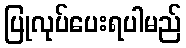
ပြုလုပ်ပေးရပါမည်